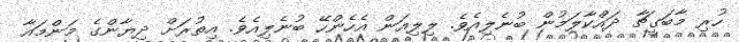
ހުރި މާބަގީޗާ ދައްކާލަމުން ބުނެލިއެވެ. ލިލިއަން އެހެންހޭ ބުނެލިއެވެ. އިތުރަށް ދިޔާންގެ މަންމައާ